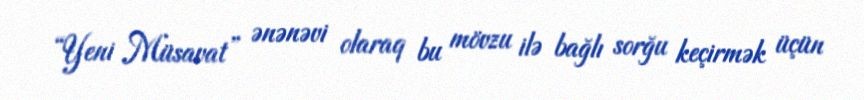
“Yeni Müsavat” ənənəvi olaraq bu mövzu ilə bağlı sorğu keçirmək üçün